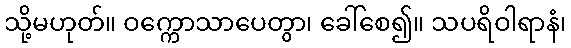
သို့မဟုတ်။ ဝက္ကောသာပေတွာ၊ ခေါ်စေ၍။ သပရိဝါရာနံ၊